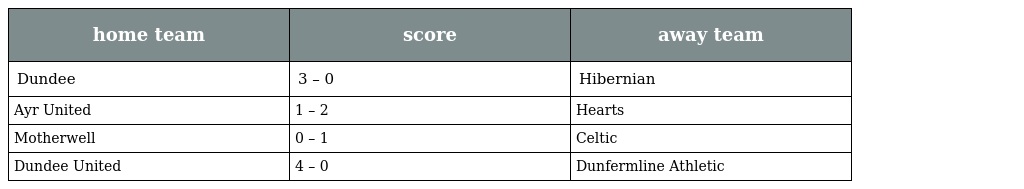
| home team | score | away team |
 | --- | --- | --- |
 | Dundee | 3 – 0 | Hibernian |
 | Ayr United | 1 – 2 | Hearts |
 | Motherwell | 0 – 1 | Celtic |
 | Dundee United | 4 – 0 | Dunfermline Athletic |